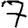
Digit: 7